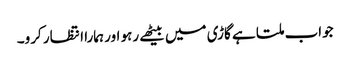
جواب ملتا ہے گاڑی میں بیٹھے رہو اور ہمارا انتظار کرو۔